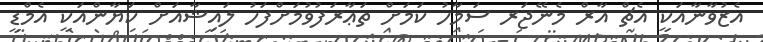
އެޒުވާނާއަކީ އެޗް އާރް މެނޭޖަރ ސަމާހު ކަމަށް ތަޢާރަފުވުމަށްފަހު ލައިޝާއަށް ކަޔާންއަކީ އެމްޑީ